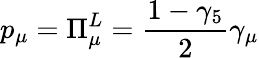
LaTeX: p_{\mu}=\Pi_{\mu}^{L}=\frac{1-\gamma_{5}}{2}\gamma_{\mu}